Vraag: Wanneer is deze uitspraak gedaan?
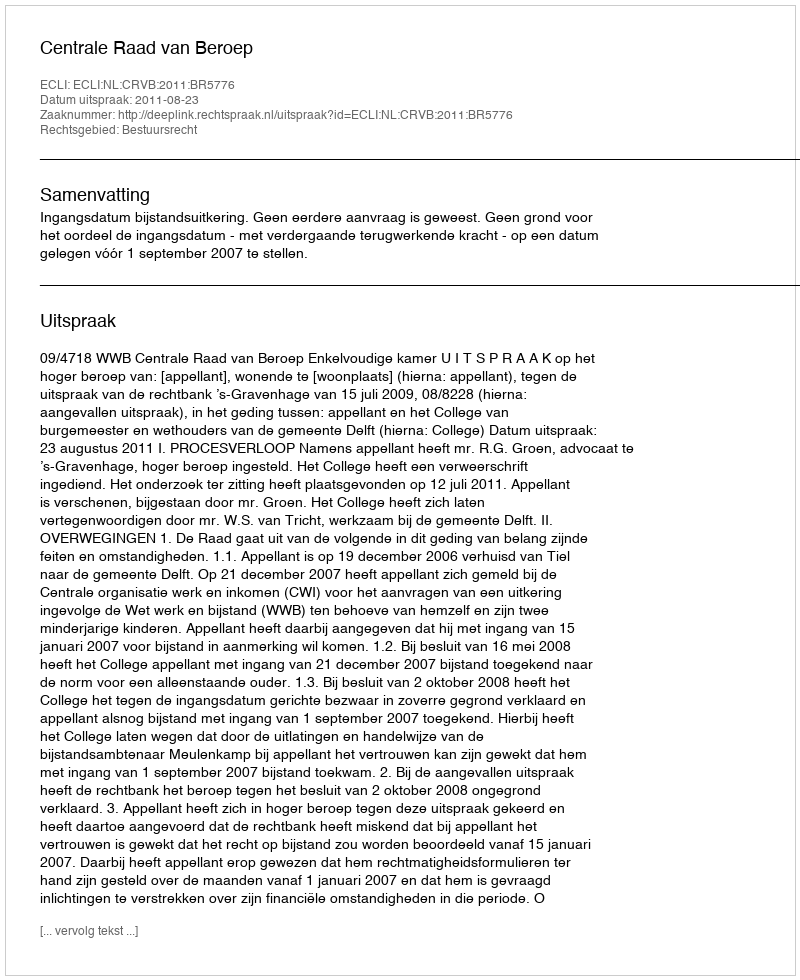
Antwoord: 2011-08-23